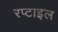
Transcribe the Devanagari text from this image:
रप्टाइल